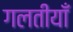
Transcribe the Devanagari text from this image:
गलतीयाँ